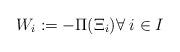
LaTeX: \begin{align*} W_i:= -\Pi (\Xi _i) \forall \; i\in I\end{align*}